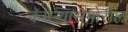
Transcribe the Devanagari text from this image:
कॅमेर्‍यासमोरील